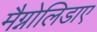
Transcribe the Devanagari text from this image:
मैग्नोलिडाए